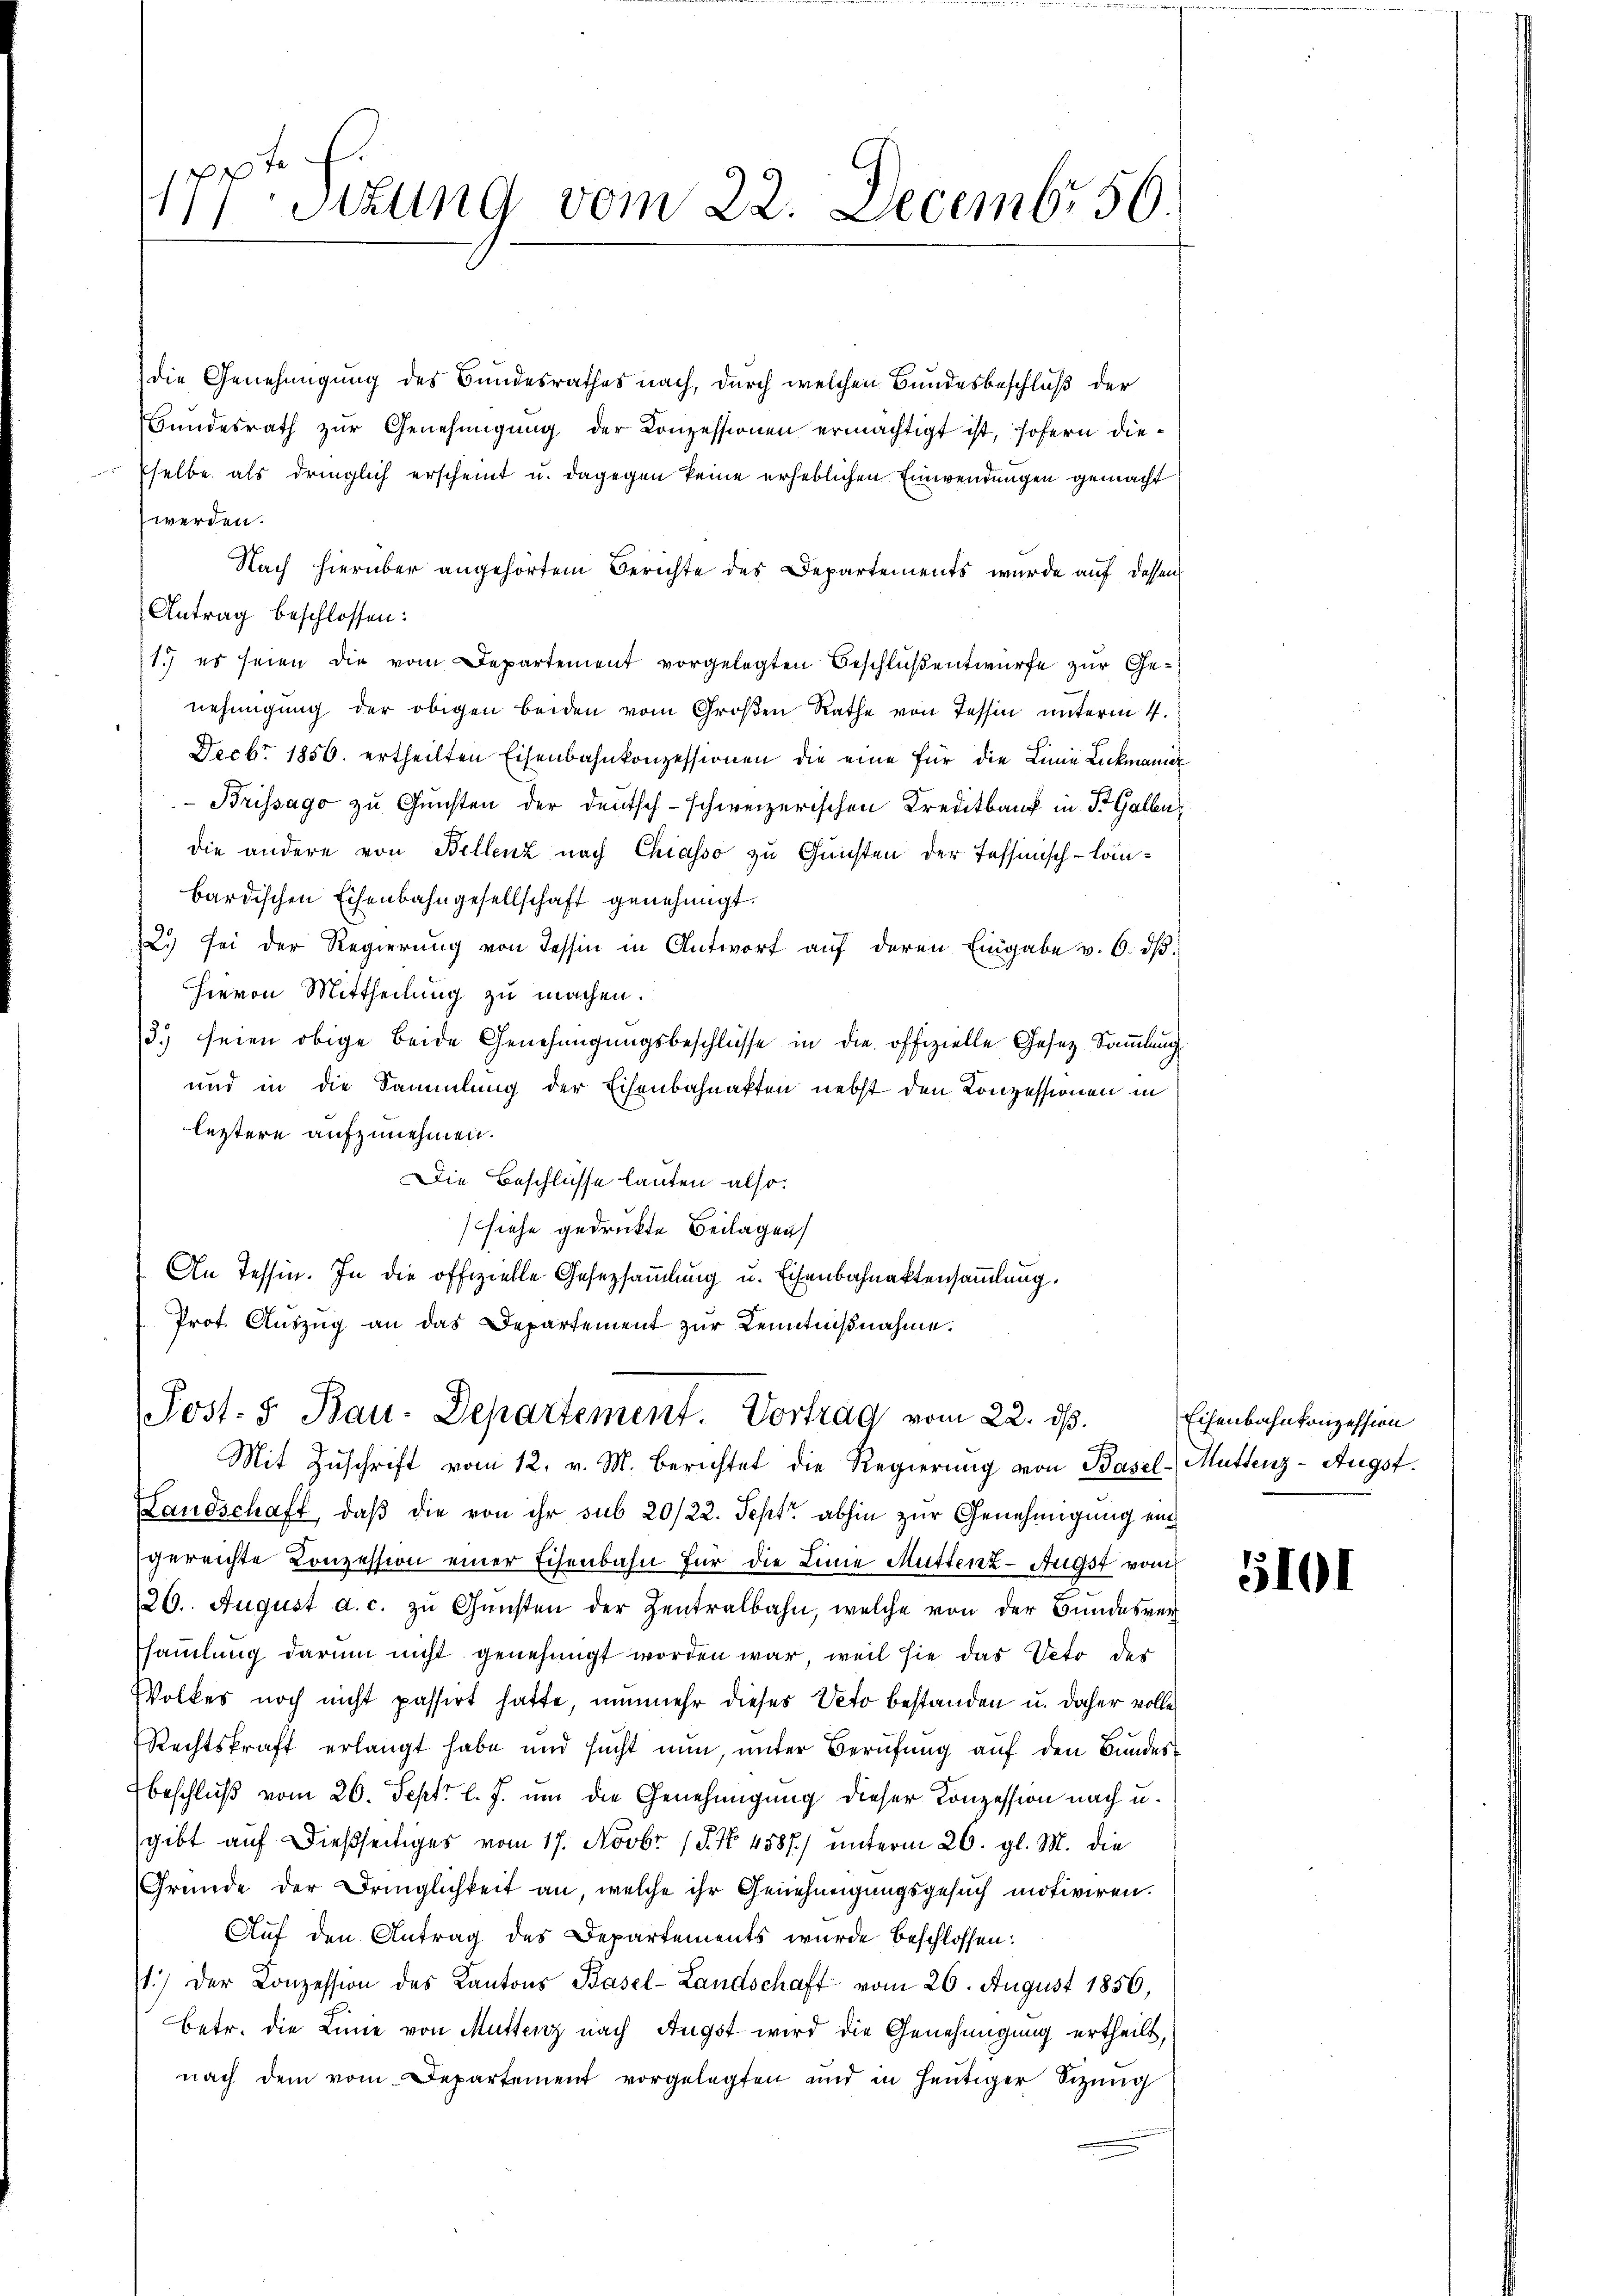
fe
177. Sitzung vom 22. Decembr 50.

die Genehmigung des Bundesrathes nach, durch welchen Bundesbeschluß der
Bundesrath zur Genehmigung der Conzessionen ermächtigt ist, sofern diesselbe als dringlich erscheint u. dagegen keine erheblichen Einwendungen gemacht
werden.
Nach hierüber angehörtem Berichte des Departements wurde auf dessen
Antrag beschlossen:
1.) es seien die vom Departement vorgelegten Beschlußentwurfe zur Genehmigung der obigen beiden vom Großen Rathe von Tessin unterm 4.
Decbr. 1850. ertheilten Eisenbahnkonzessionen die eine für die Linie Lickmann
Brissago zu Gunsten der Deutsch-schweizerischen Kreditbank in Dr. Gallu
die andere von Bellenz nach Chiasso zu Gunsten der Tessinisch-lanbardischen Eisenbahngesellschaft genehmigt.
2.) sei der Regierung von Tessin in Antwort auf deren Eingabe v. 6. dβ.
hievon Mittheilung zu machen.
3.) seien obige beide Genehmigungsbeschlüsse in die offizielle Gesetz Sammlung
und in die Sammlung der Eisenbahnakten nebst den Konzessionen in
letztere aufzunehmen.
Die Beschlüsse lauten also
siehe gedruckte Beilagen
An Tessin. In die offizielle Gesetzsammlung u. Eisenbahnaktensammlung.
Prot. Aŭszŭg an das Departement zur Kenntnißnahme.
Post: 5. Bau-Departement. Vortrag vom 22. dß.
Mit Zuschrift vom 12. v. M. berichtet die Regierung von Basel-Muttenz-Augst.
Landschaft, daß die von ihr sub 20/22. Sept. abhin zur Genehmigung eingereichte Conzession einer Eisenbahn für die Linie Muttenz - Augst vom
126. August a. c. zŭ Gŭnsten der Zentralbahn, welche von der Bŭndesver-
samlung darum nicht genehmigt worden war, weil sie das Veto der
Wolkes noch nicht passirt hatte, nunmehr dieses Veto bestanden u. daher volle
Rechtskraft erlangt habe und sucht nun, unter Berufung auf den Bundesbeschluß vom 26. Sept. l. J. um die Genehmigung dieser Conzession nach u.
gibt auf dießseitiges vom 17. Novbr. 18. No 4587) unterm 26. gl. M. die
Gründe der Dringlichkeit an, welche ihr Genehmigungsgesuch motiviren.
Auf den Antrag des Departements wurde beschlossen:
1.) Der Konzession des Kantons Basel-Landschaft vom 26. August 1856,
Betr. die Linie von Muttenz nach Augst wird die Genehmigung ertheilt,
nach dem vom Departement vorgelegten und in heutiger Sitzung

Eisenbahnkonzession

5101